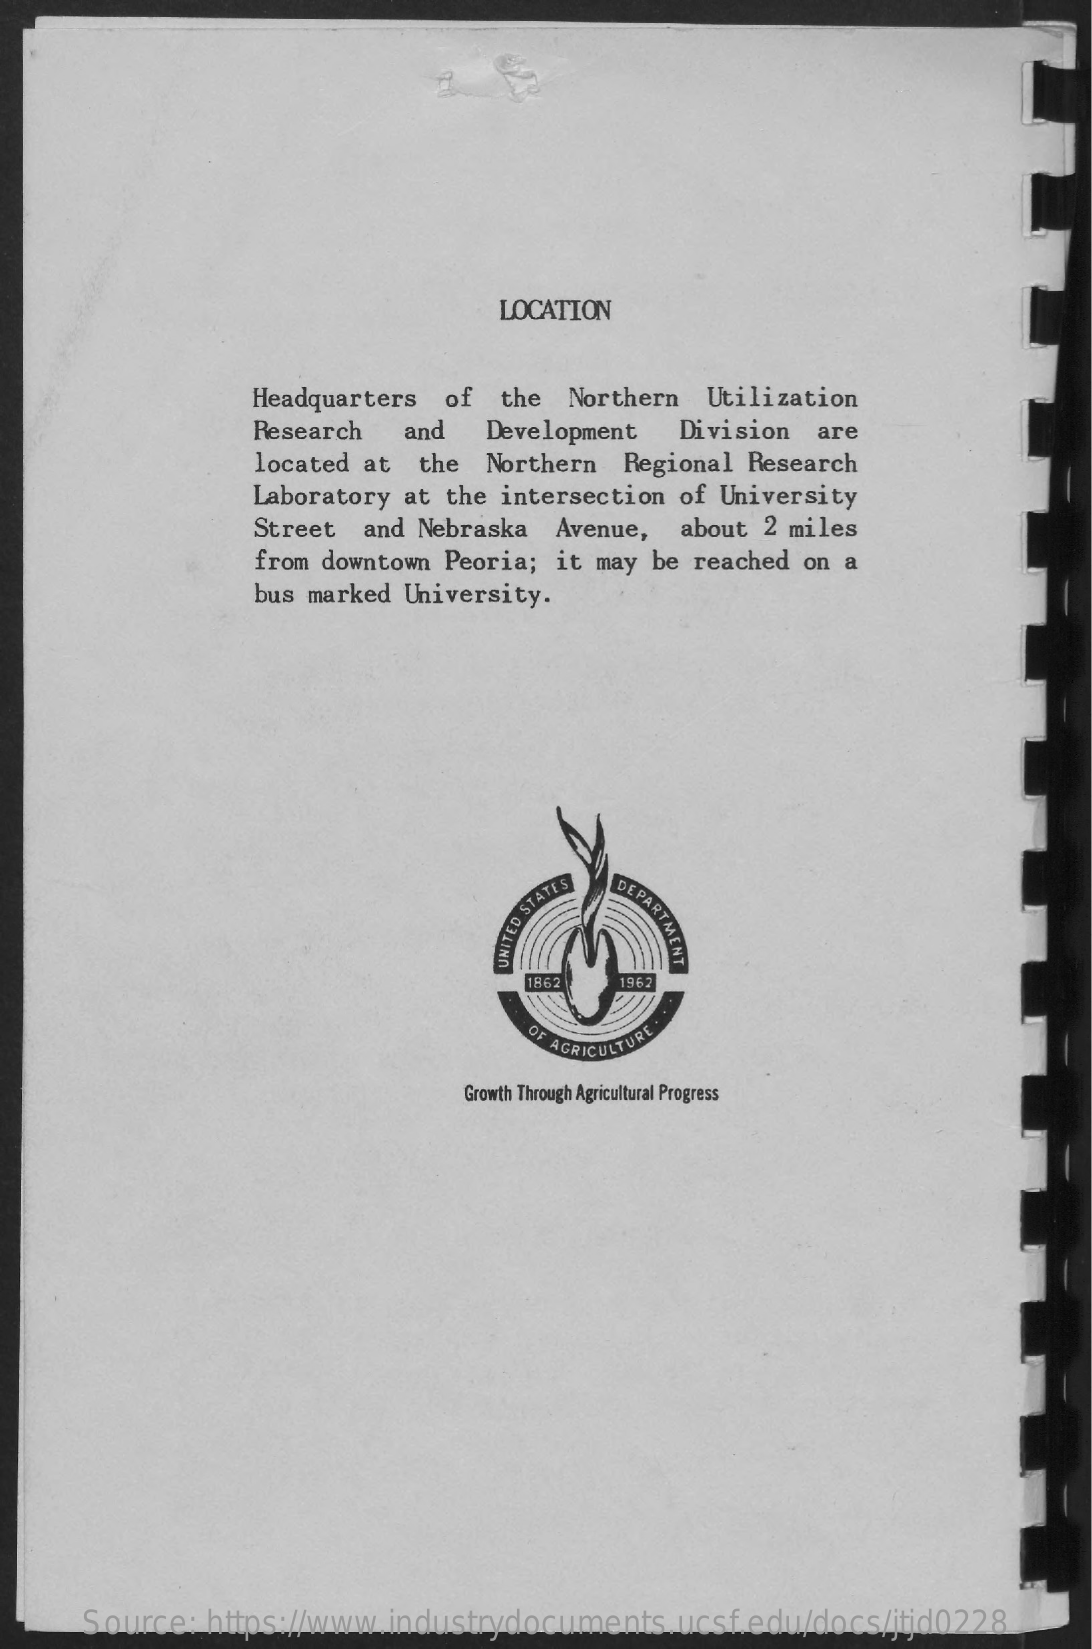
LOCATION
     Headquarters of the Northern Utilization
     Research and  Development Division are
     located at the Northern Regional Research
     Laboratory at the intersection of University
     Street and Nebraska Avenue, about 2 miles
     from downtown Peoria; it may be reached on a
     bus marked University.
     DEPARTMENT UNITED
     STATES
     1862  196
     OF AGRICULTURE
     Growth Through Agricultural Progress
     Source: https://www.industrydocuments.ucsf.edu/docs/jtjd0228